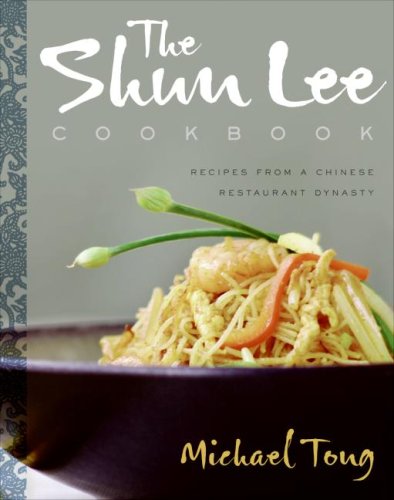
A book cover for The Shun Lee Cookbook; Michael Tong; Cookbooks, Food & Wine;